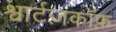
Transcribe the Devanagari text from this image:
श्वार्टज़कॉफ़